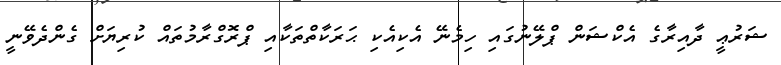
ޝަރުޢީ ދާއިރާގެ އެކްޝަން ޕްލޭނުގައި ހިމެނޭ އެކިއެކި ޙަރަކާތްތަކާއި ޕްރޮގްރާމުތައް ކުރިޔަށް ގެންދެވޭނީ